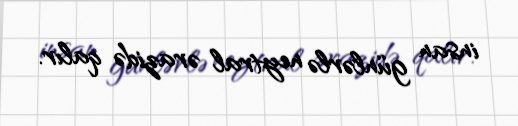
insan günlərlə neytral ərazidə qalır.